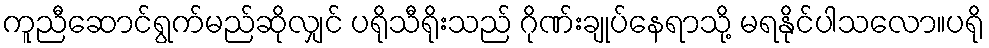
ကူညီဆောင်ရွက်မည်ဆိုလျှင် ပရိုသီရိုးသည် ဂိုဏ်းချုပ်နေရာသို့ မရနိုင်ပါသလော။ပရို